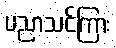
ပညာသင်ကြား